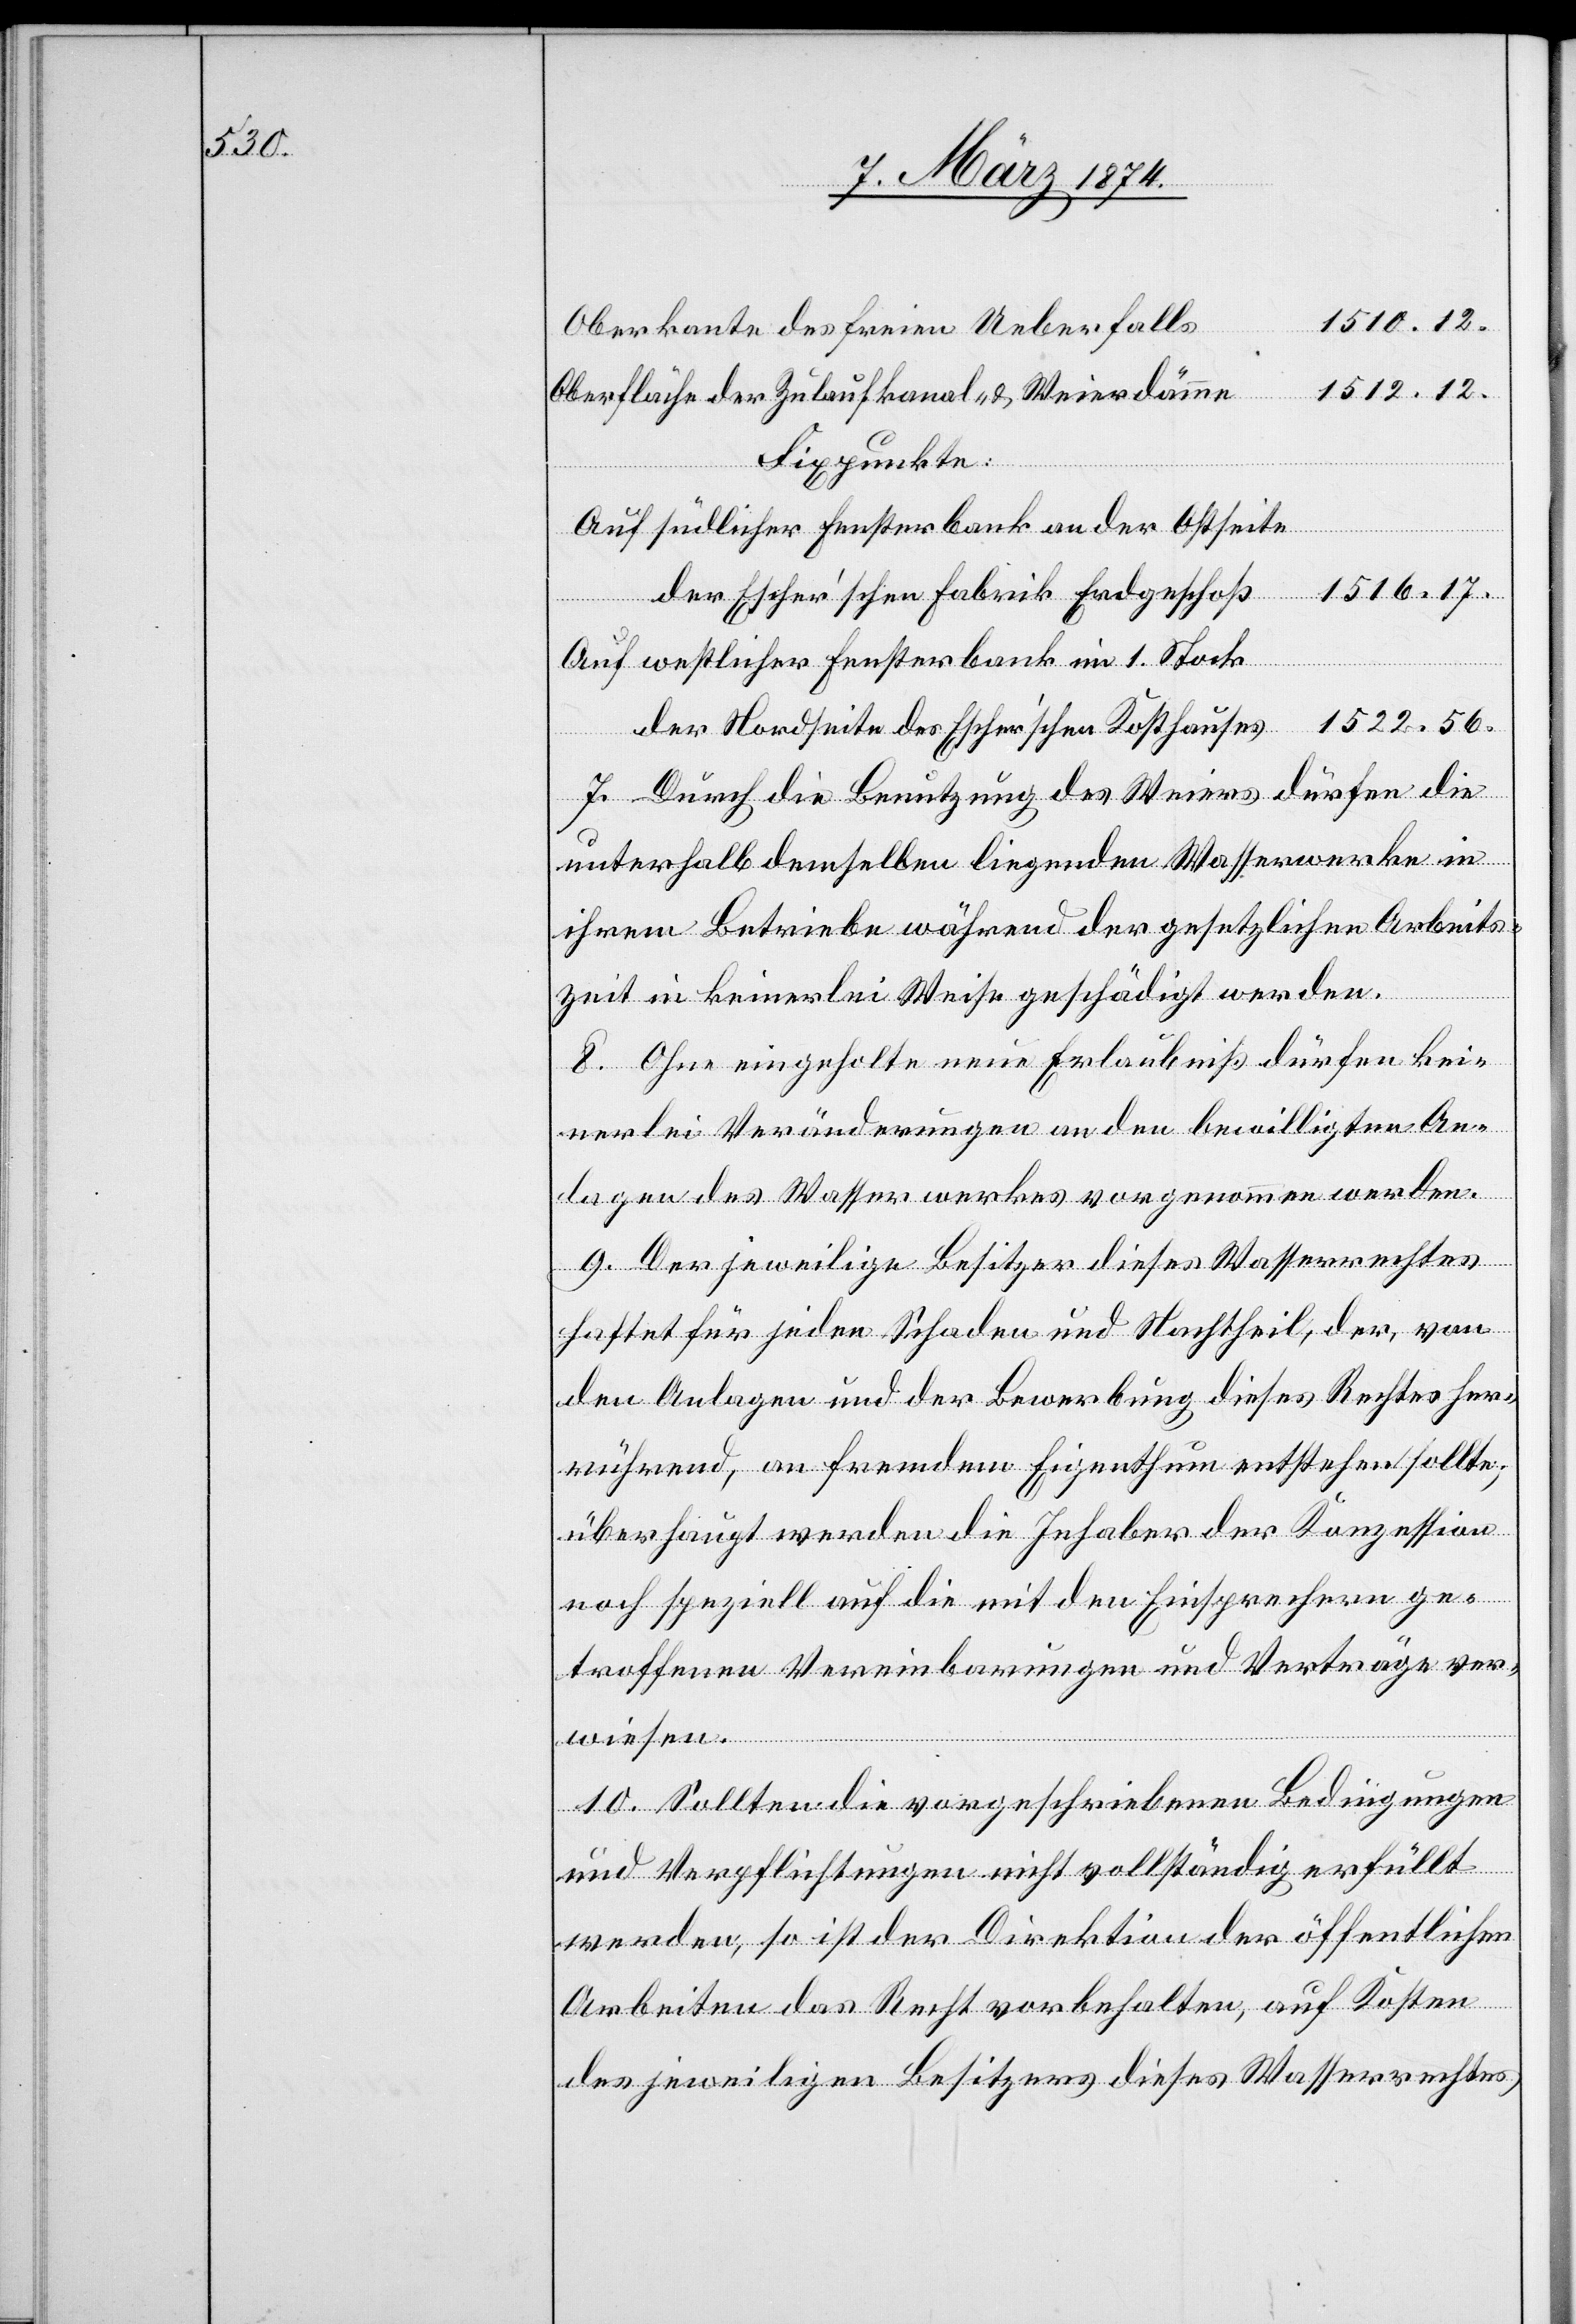
s		1510.12.
Oberkante des freien Ueberfall¬
e		1512.12.
Oberfläche der Zulaufkanal- u. Weierdämm¬
Fixpunkte:
Auf südlicher Fensterbank an der Ostseite
der Escher’schen Fabrik Erdgeschoß		1516.17.
Auf westlicher Fensterbank im 1. Stock
s	1522.56.
der Nordseite des Escher’schen Kosthause¬
7. Durch die Benutzung des Weiers dürfen die
unterhalb demselben liegenden Wasserwerke in
ihrem Betriebe während der gesetzlichen Arbeits¬
zeit in keinerlei Weise geschädigt werden.
8. Ohne eingeholte neue Erlaubniß dürfen kei¬
nerlei Veränderungen an den bewilligten An¬
lagen des Wasserwerkes vorgenommen werden.
9. Der jeweilige Besitzer dieses Wasserrechtes
haftet für jeden Schaden und Nachtheil, der, von
den Anlagen und der Bewerbung dieses Rechtes her¬
rührend, an fremdem Eigenthum entstehen sollte;
überhaupt werden die Inhaber der Konzession
noch speziell auf die mit den Einsprachen ge¬
troffenen Vereinbarungen und Verträge[n] ver¬
wiesen.
10. Sollten die vorgeschriebenen Bedingungen
und Verpflichtungen nicht vollständig erfüllt
werden, so ist der Direktion der öffentlichen
Arbeiten das Recht vorbehalten, auf Kosten
des jeweiligen Besitzers dieses Wasserrechtes